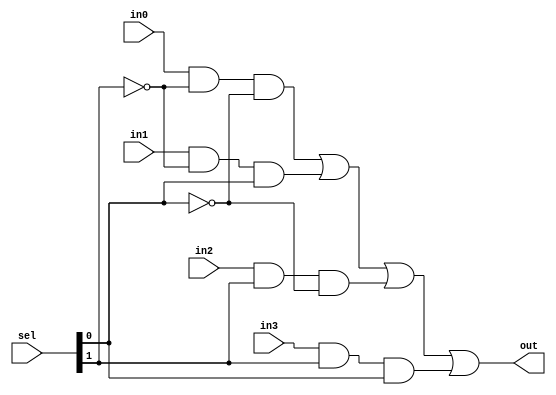
module mux_structural(out, in0, in1, in2, in3, sel);
	output out; // outport
	input in0, in1, in2, in3; // 4input
	input [1:0] sel; // select 2bit (00, 01, 10, 11)
	wire notsel0, notsel1; // not select
	wire y0, y1, y2, y3; // and  
	
	not not0 (notsel0, sel[0]);
	not not1 (notsel1, sel[1]); // select not
	and and0 (y0, in0, notsel1, notsel0); // 00
	and and1 (y1, in1, notsel1, sel[0]); // 01
	and and2 (y2, in2, sel[1], notsel0); // 10
	and and3 (y3, in3, sel[1], sel[0]); // 11
	or or0 (out, y0, y1, y2, y3); //  and   or 
endmodule